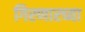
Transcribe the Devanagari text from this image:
गिरणारच्या